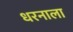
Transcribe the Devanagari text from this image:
धरनाला